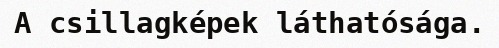
A csillagképek láthatósága.